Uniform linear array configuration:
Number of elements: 32
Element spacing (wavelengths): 0.5
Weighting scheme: cosine
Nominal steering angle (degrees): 60
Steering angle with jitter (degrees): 58.622
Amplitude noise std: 0.05
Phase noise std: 0.05

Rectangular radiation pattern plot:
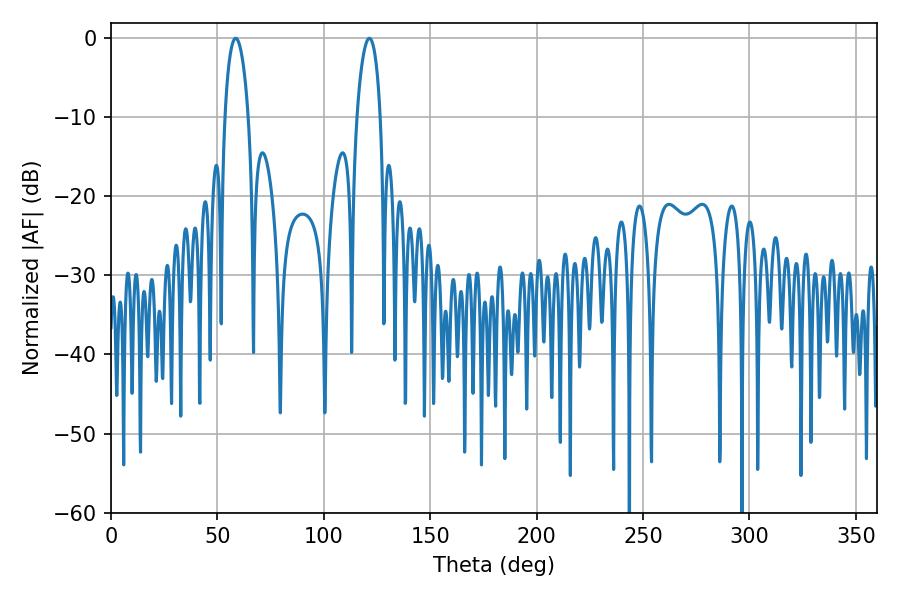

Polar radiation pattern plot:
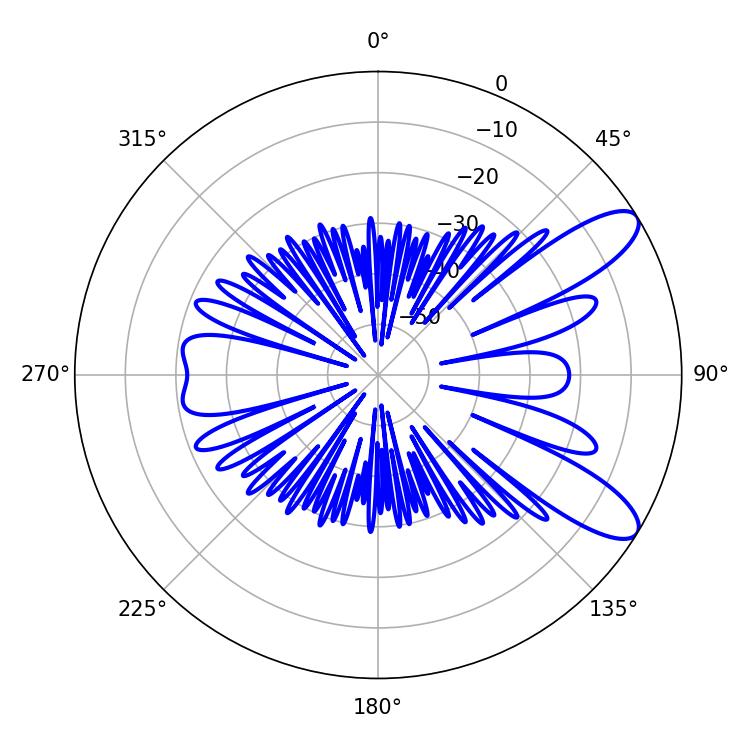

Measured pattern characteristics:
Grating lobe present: FALSE
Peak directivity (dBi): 9.951
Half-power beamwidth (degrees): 6.3
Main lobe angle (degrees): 58.68